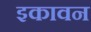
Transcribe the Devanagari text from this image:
इकावन